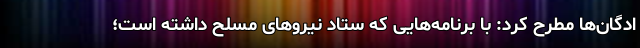
ادگان‌ها مطرح کرد: با برنامه‌هایی که ستاد نیروهای مسلح داشته است؛